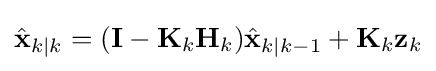
{\hat {\mathbf {x} }}_{k\mid k}=(\mathbf {I} -\mathbf {K} _{k}\mathbf {H} _{k}){\hat {\mathbf {x} }}_{k\mid k-1}+\mathbf {K} _{k}\mathbf {z} _{k}